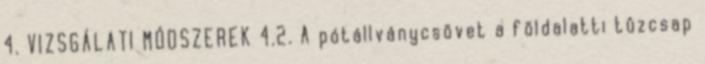
4. VIZSGÁLATI MÓDSZEREK 4.2. A pótállványcsövet a földalatti tûzcsap